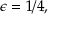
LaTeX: \epsilon = 1 / 4 ,